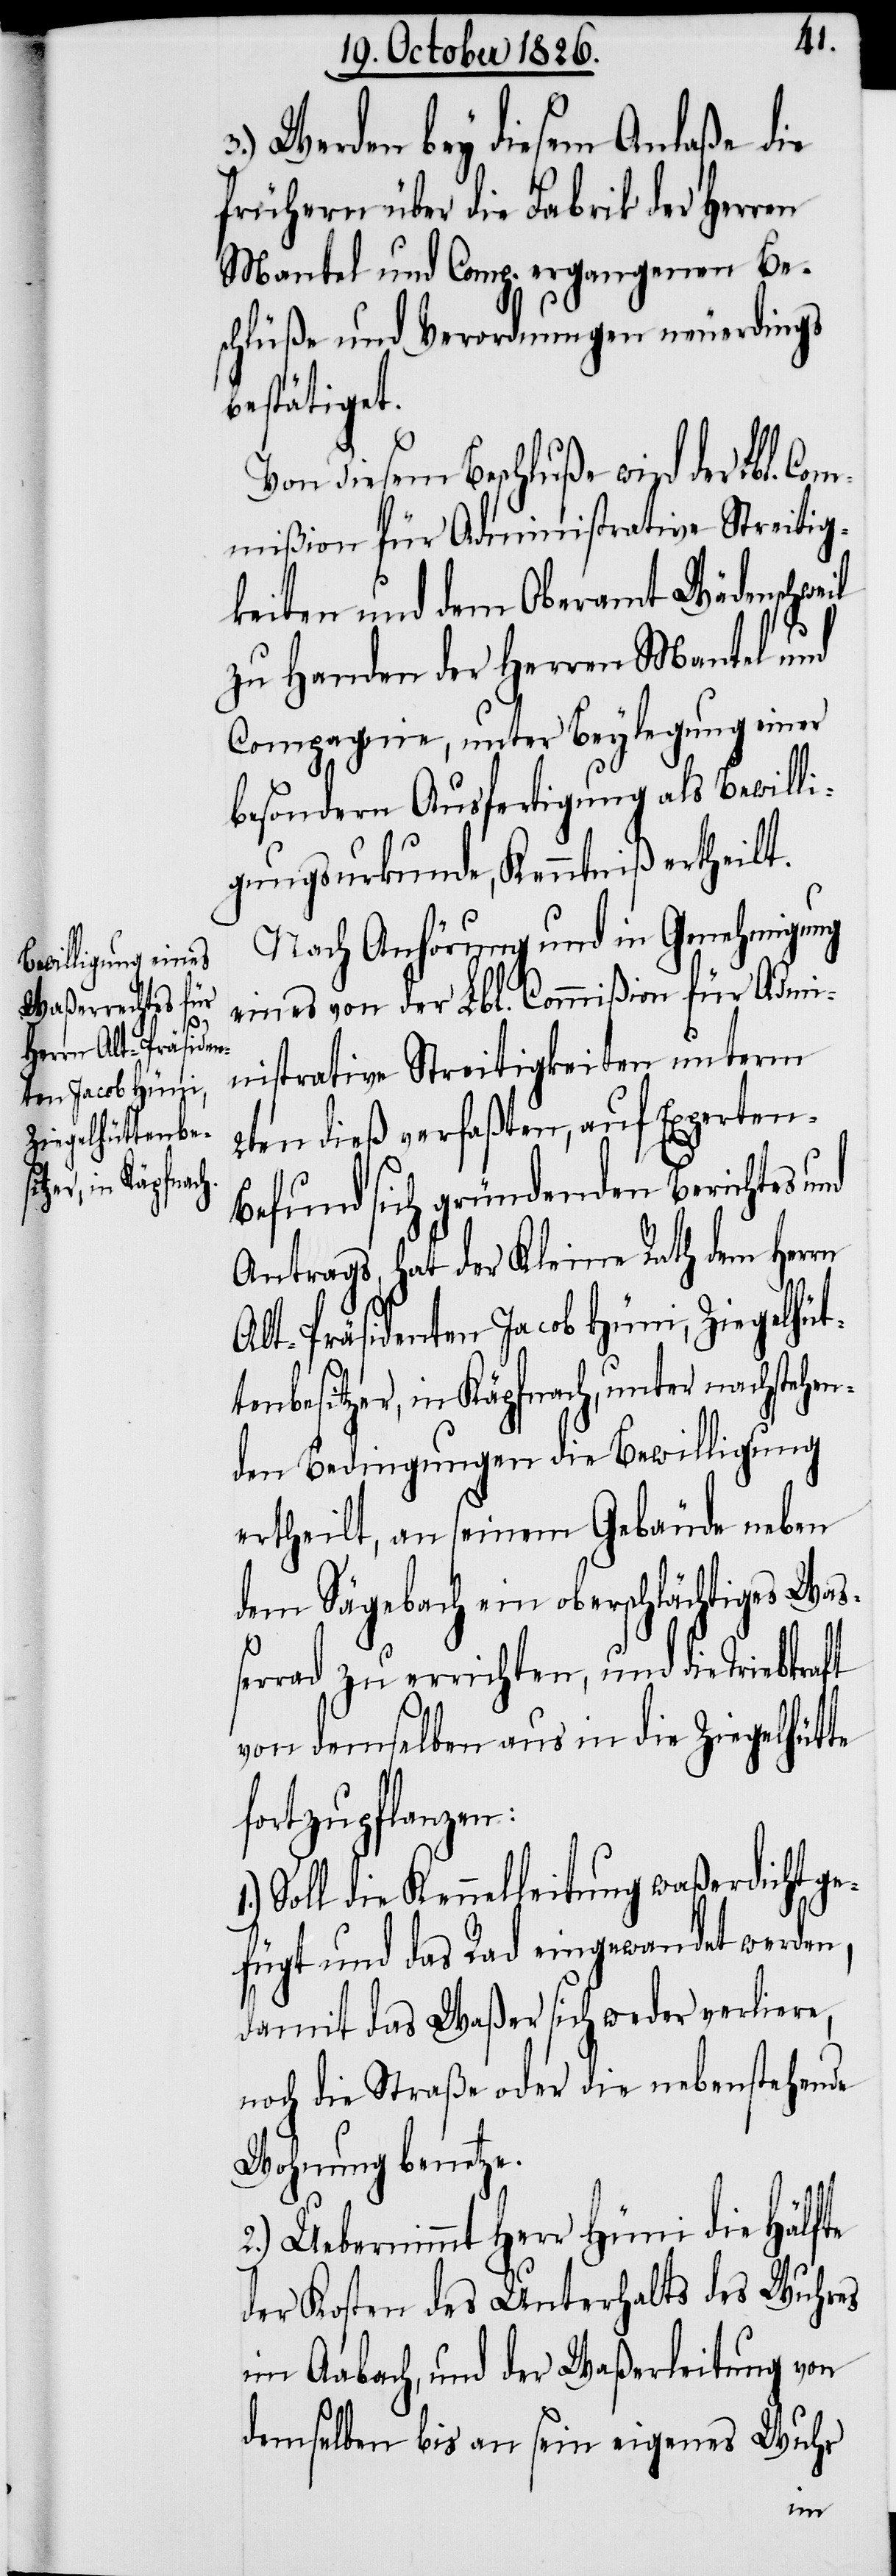
1.)

3.) Werden bey diesem Anlaße die
frühern über die Fabrik der Herren
Mantel und Comp. ergangenen Be¬
schlüße und Verordnungen neuerdings
bestätiget.
Von diesem Beschluße wird der Lbl. Co¬
mmißion für Administrative Streitig¬
keiten und dem Oberamt Wädenschweil
zu Handen der Herren Mantel und
Compagnie, unter Beylegung einer
besondern Ausfertigung als Bewilli¬
gungsurkunde, Kenntniß ertheilt.
Nach Anhörung und in Genehmigung
eines von der Lbl. Commißion für Admi¬
nistrative Streitigkeiten unterm
2ten dieß verfaßten, auf Experten-B¬
efund sich gründenden Berichtes und
Antrags, hat der Kleine Rath dem Herrn
Alt-Präsidenten Jacob Hüni, Ziegelhüt¬
tenbesitzer, in Käpfnach, unter nachstehen¬
den Bedingungen die Bewilligung
ertheilt, an seinem Gebäude neben
dem Sägebach ein oberschlächtiges Waß¬
errad zu errichten, und die Triebkraft
von demselben aus in die Ziegelhütte
fortzupflanzen:
Soll die Kennelleitung waßerdicht ge¬
fügt und das Rad eingewandet werden,
damit das Waßer sich weder verliere,
noch die Straße oder die nebenstehende
Wohnung benetze.
2.) Uebernimmt Herr Hüni die Hälfte
der Kosten des Unterhalts des Wuhres
im Aabach, und der Waßerleitung von
demselben bis an sein eigenes Wuhr